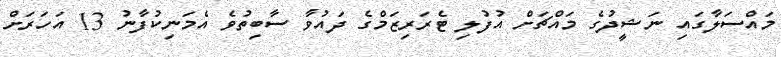
މައްސަލާގައި ނަޝީދުގެ މައްޗަށް އުފުލި ޓެރަރިޒަމްގެ ދައުވާ ސާބިތުވެ އެމަނިކުފާނު 13 އަހަރަށް